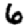
Digit: 6